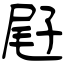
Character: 屘